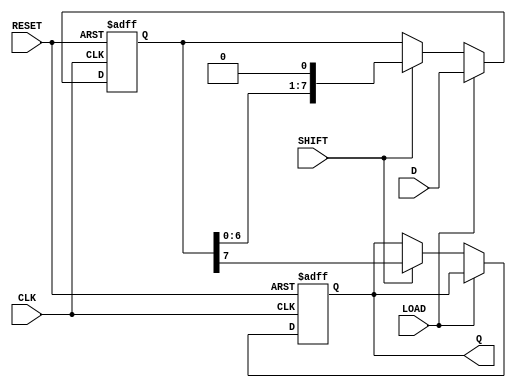
module dynamic_piso #(
    parameter WIDTH = 8  // Width of the data input
)(
    input wire [WIDTH-1:0] D,    // Parallel data inputs
    input wire LOAD,              // Load control signal
    input wire SHIFT,             // Shift control signal
    input wire CLK,               // Clock signal
    input wire RESET,             // Asynchronous reset signal
    output reg Q                 // Serial output
);

    // Internal register to hold the data
    reg [WIDTH-1:0] shift_reg;

    // Asynchronous reset and loading mechanism
    always @(posedge CLK or posedge RESET) begin
        if (RESET) begin
            shift_reg <= {WIDTH{1'b0}}; // Clear the register on reset
            Q <= 1'b0;                  // Clear the output
        end else if (LOAD) begin
            shift_reg <= D;             // Load data into the register
        end else if (SHIFT) begin
            // Shift the data out
            Q <= shift_reg[WIDTH-1];    // Output the MSB
            shift_reg <= {shift_reg[WIDTH-2:0], 1'b0}; // Shift left
        end
    end

endmodule